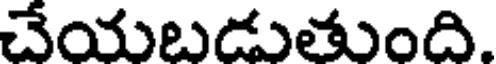
చేయబడుతుంది.